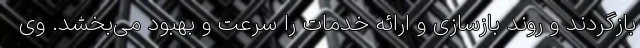
بازگردند و روند بازسازی و ارائه خدمات را سرعت و بهبود می‌بخشد. وی